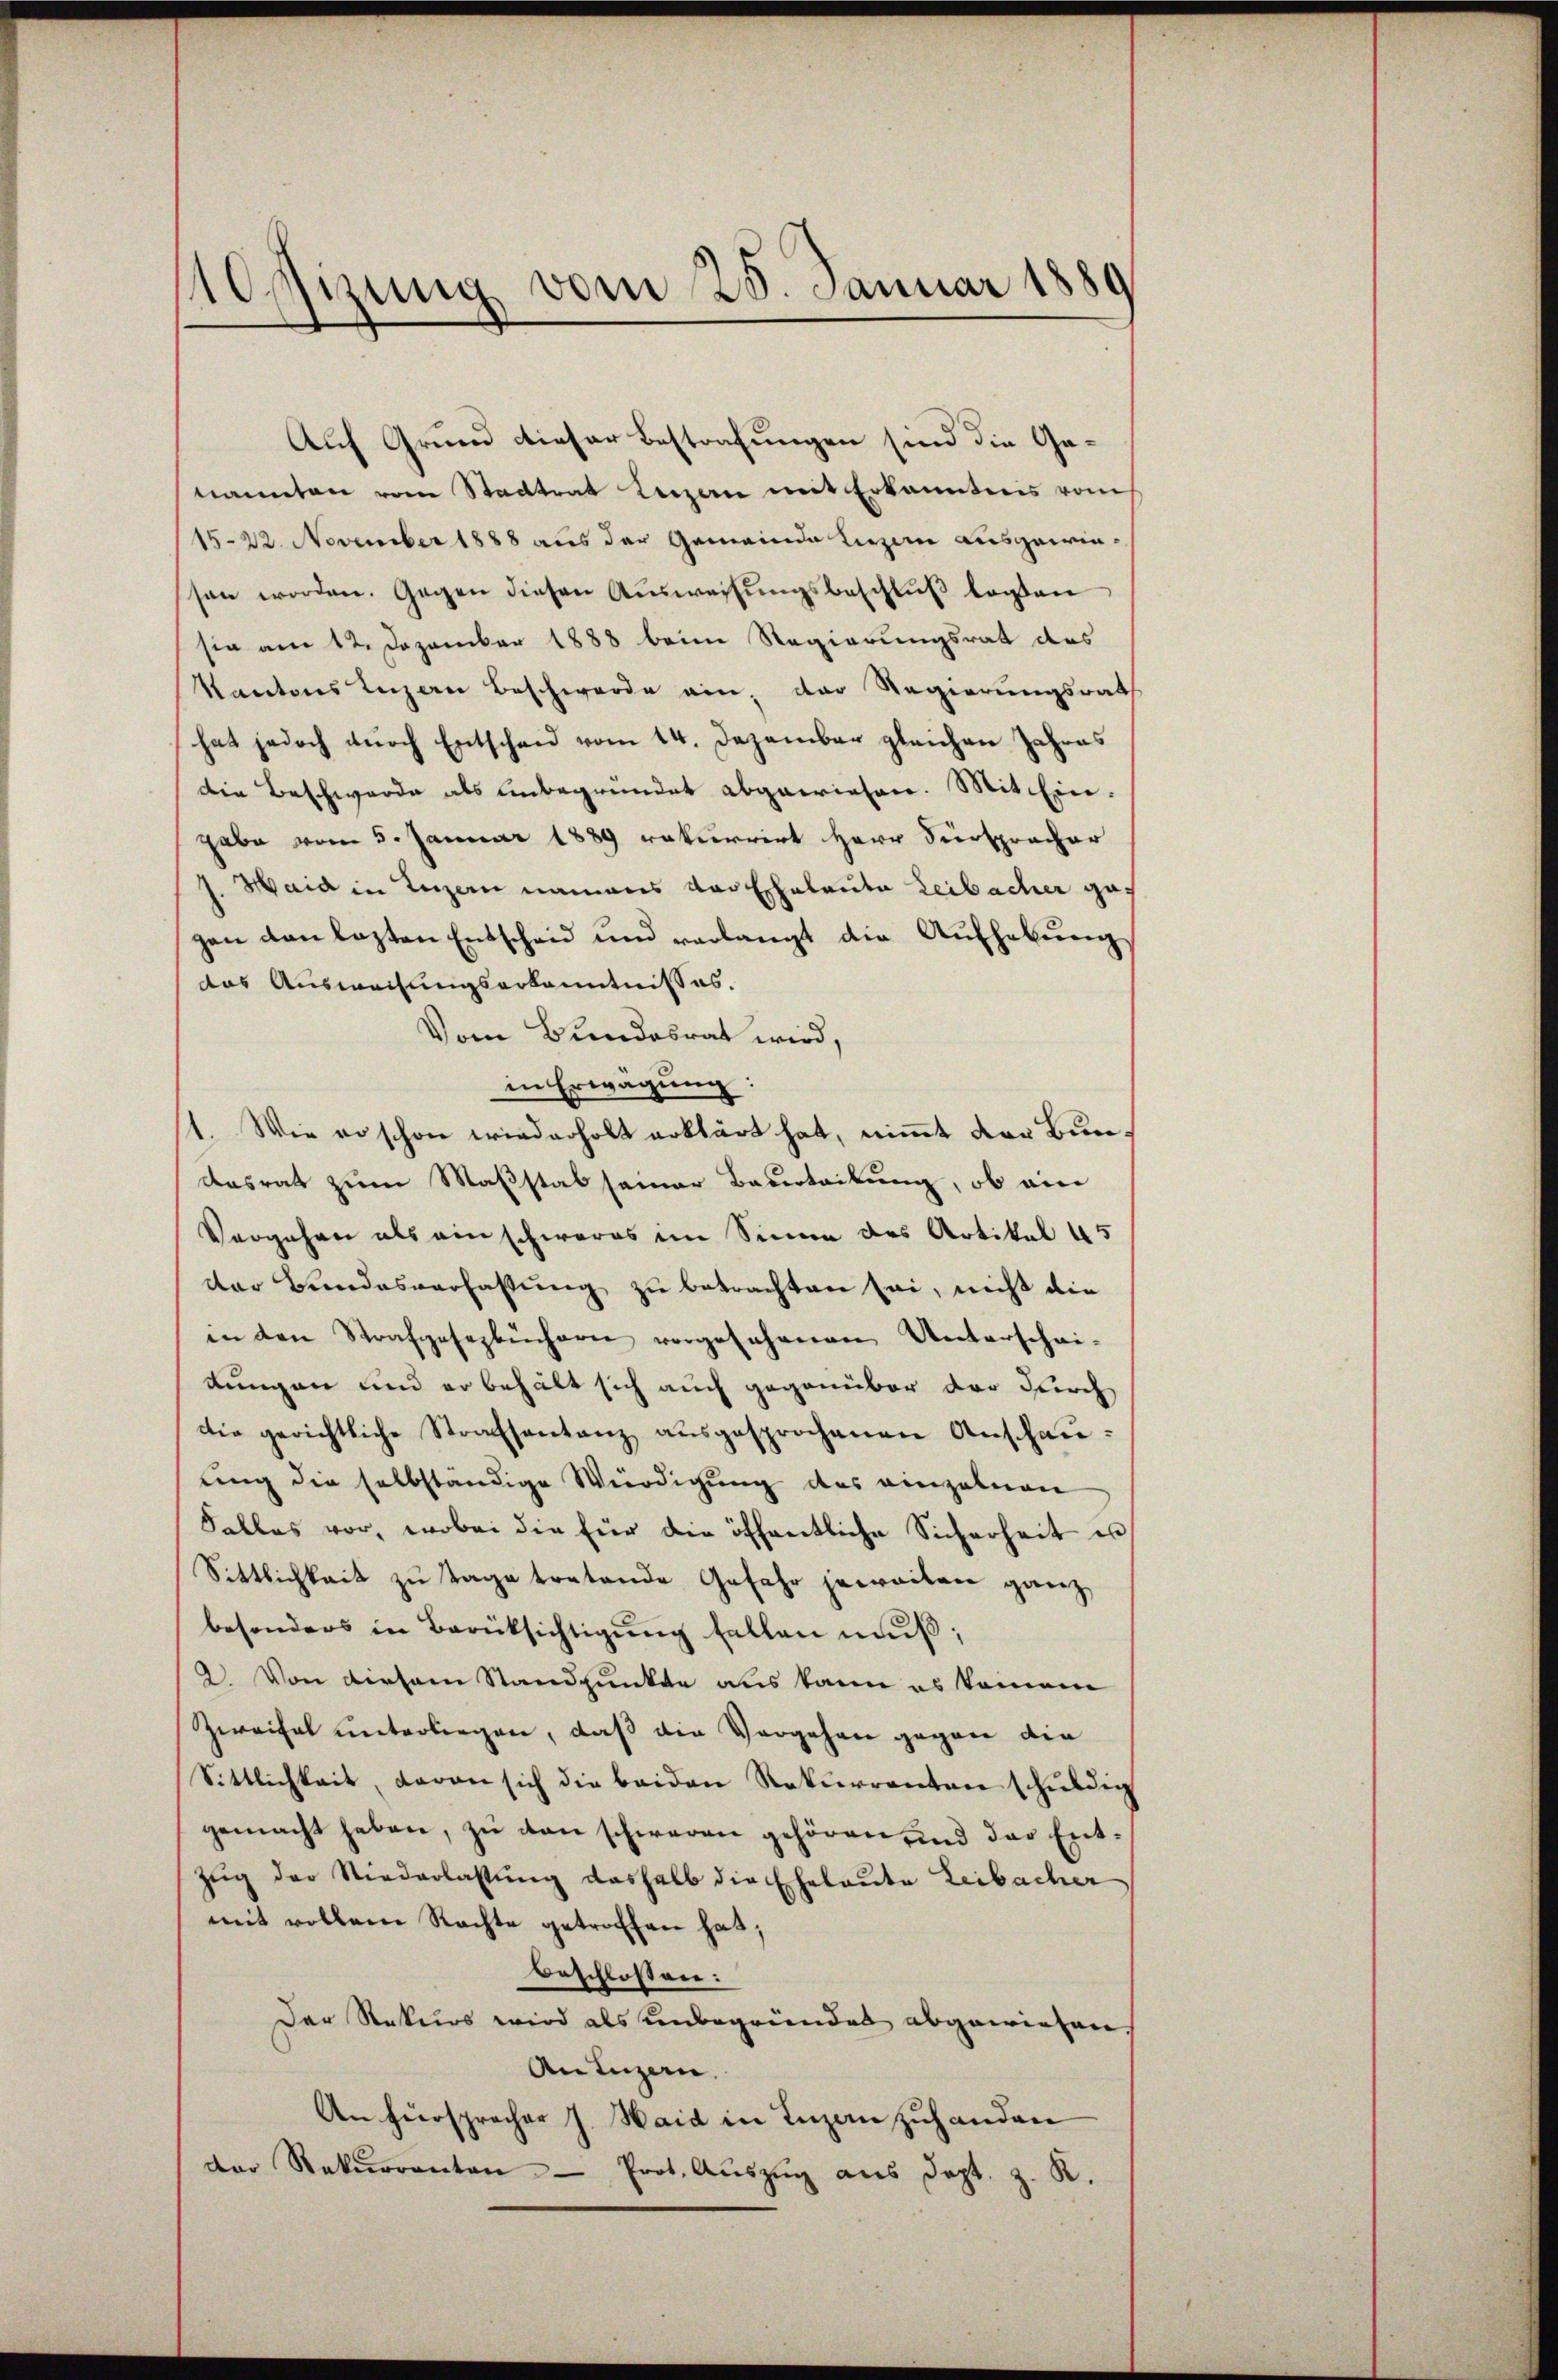
1Osizung vom 20. Januar 1889

Auf Grund dieser Bestrafungen sind die Genamten vom Stadtrat Kerzern mit Erkanntnis vom
1522. November 1888 aus der Gemeinde Luzin ausgewinsen worden. Gegen diesen Aŭsweisŭngsbeschlŭβ lagen
sie am 12. Dezember 1888 beim Regierungsrat des
Kantons Luzern Beschwerde ein, der Regierungsrath
hat jedoch durch Entschen vom 14. Dezember gleichen Jahres
Die Beschwerde als unbegründet abgewiesen. Mit Eingabe vom 5. Januar 1889 rekurrirt Herr Fürspracher
J. Haid in Luzern namens von Eheleute Leibacher ga-
gen den lezten Entscheid und verlangt die Aufhebung
das Ausweisungserkanntnisses.
Vom Bundesrat wird,
in Erwägung:
1. Wie so schon wiederholt erklärt hat, nimmt der Bundasrat zum Maßstab seiner Bauertaikung, ob ein
Vergehen als ein schweres im Sinne des Artikal 45
der Bundesverfassung zu betrachten sei, nicht die
in den Strafgesezlichern vorgesehenen Unterschei-
kungen und er behält sich auch gegenüber der durch
die gerichtliche Strafsentanz ausgesprochenen Anschauung die selbständige Würdigung des einzelnen
Falles vor, wobei die für die öffentliche Sicherheit es
Sittlichkeit zu Tage tretende Gefahr jeweiten ganz
besonders in Berücksichtigŭng fallen muß;
2. Von diesem Standpunkte aus kann es kommen
Zweifel unterliegen, daß die Vergehen gegen die
Sittlichkeit, daran sich die beiden Rekurrenten schuldig
gemacht haben, zu den schweren gehören, und das Ent¬
Zug der Niederlassung deshalb die Eheleute Leibacher
mit vollem Rechte getroffen hat;
Beschlossen:
Der Rekurs wird als unbegründet abgewiesen,
An Luzern,
An Fürsprecher J. Haid in Inzanzuhanden
der Rekurrenten Prot. Aŭszŭg aŭs Sept. z. R.